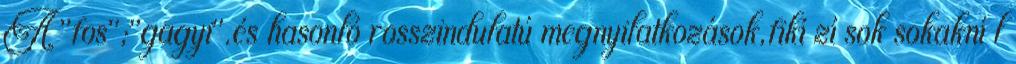
A "fos";"gagyi".és hasonló rosszindulatú megnyilatkozások,fikí zí sok sokakní l